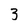
Character: 3